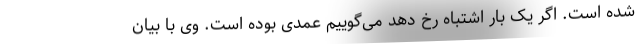
شده است. اگر یک بار اشتباه رخ دهد می‌گوییم عمدی بوده است. وی با بیان